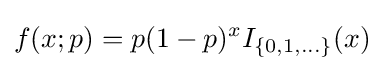
f(x;p)=p(1-p)^{x}I_{\{0,1,\ldots \}}(x)